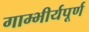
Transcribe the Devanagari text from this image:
गाम्भीर्यपूर्ण